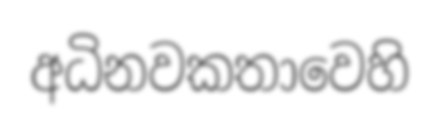
අධිනවකතාවෙහි